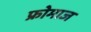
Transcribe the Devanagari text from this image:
फ्रोमाज